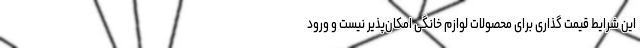
این شرایط قیمت گذاری برای محصولات لوازم خانگی امکان‌پذیر نیست و ورود